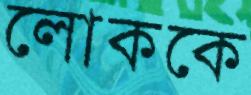
লোককে